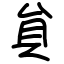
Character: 貟